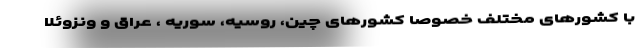
با کشورهای مختلف خصوصا کشورهای چین، روسیه، سوریه ، عراق و ونزوئلا